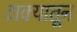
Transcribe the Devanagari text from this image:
टाक्यातून